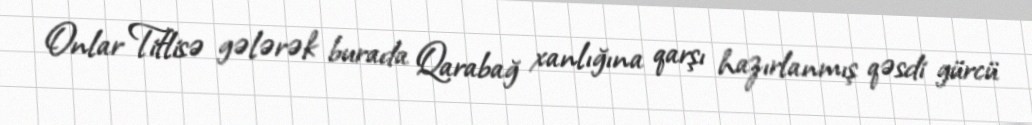
Onlar Tiflisə gələrək burada Qarabağ xanlığına qarşı hazırlanmış qəsdi gürcü